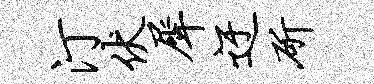
汀伏犀迂斫